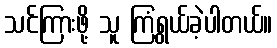
သင်ကြားဖို့ သူ ကြံရွယ်ခဲ့ပါတယ်။